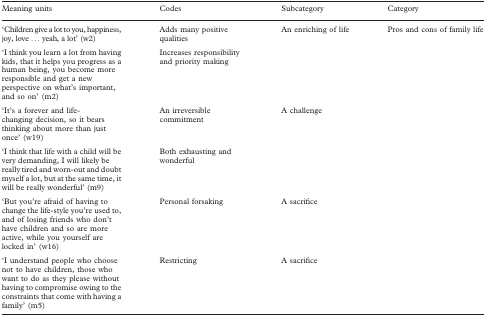
<table><thead><tr><td><b>Meaning units</b></td><td><b>Codes</b></td><td><b>Subcategory</b></td><td><b>Category</b></td></tr></thead><tbody><tr><td>‘Children give a lot to you, happiness, joy, love ... yeah, a lot&#x27; (w2)</td><td>Adds many positive qualities</td><td>An enriching of life</td><td>Pros and cons of family life</td></tr><tr><td>‘I think you learn a lot from having kids, that it helps you progress as a human being, you become more responsible and get a new perspective on what&#x27;s important, and so on&#x27; (m2)</td><td>Increases responsibility and priority making</td><td></td><td></td></tr><tr><td>‘It&#x27;s a forever and life-changing decision, so it bears thinking about more than just once&#x27; (w19)</td><td>An irreversible commitment</td><td>A challenge</td><td></td></tr><tr><td>‘I think that life with a child will be very demanding, I will likely be really tired and worn-out and doubt myself a lot, but at the same time, it will be really wonderful&#x27; (m9)</td><td>Both exhausting and wonderful</td><td></td><td></td></tr><tr><td>‘But you&#x27;re afraid of having to change the life-style you&#x27;re used to, and of losing friends who don&#x27;t have children and so are more active, while you yourself are locked in&#x27; (w16)</td><td>Personal forsaking</td><td>A sacrifice</td><td></td></tr><tr><td>‘I understand people who choose not to have children, those who want to do as they please without having to compromise owing to the constraints that come with having a family&#x27; (m5)</td><td>Restricting</td><td>A sacrifice</td><td></td></tr></tbody></table>